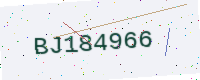
Text: BJ184966